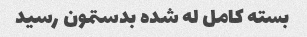
بسته کامل له شده بدستمون رسید